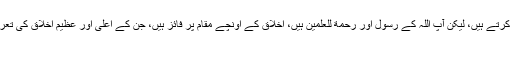
غالباً وہی کرتا جو جابر حکم ران کیا کرتے ہیں، لیکن آپ اللہ کے رسول اور رحمة للعٰلمین ہیں، اخلاق کے اُونچے مقام پر فائز ہیں، جن کے اَعلیٰ اور عظیم اخلاق کی تعریف خود بارِی تعالیٰ نے فرمائی ہے:
﴿وَاِنَّکَ لَعَلٰی خُلُقٍ عَظِیْم﴾۔